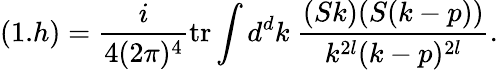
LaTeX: (1.h)=\frac{i}{4(2\pi)^{4}}\mathrm{tr}\int d^{d}k\ \frac{(Sk)(S(k-p))}{k^{2l}(k-p)^{2l}}.